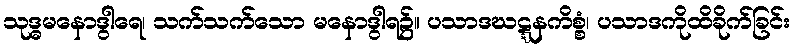
သုဒ္ဓမနောဒွါရေ၊ သက်သက်သော မနောဒွါရ၌။ ပသာဒဃဋ္ဋနကိစ္စံ၊ ပသာဒကိုထိခိုက်ခြင်း